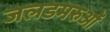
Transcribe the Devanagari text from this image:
जलडमरुओं